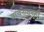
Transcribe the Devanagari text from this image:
वाचनातूनही